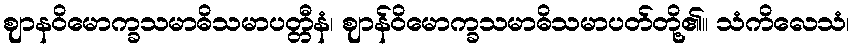
ဈာနဝိမောက္ခသမာဓိသမာပတ္တီနံ၊ ဈာန်ဝိမောက္ခသမာဓိသမာပတ်တို့၏။ သံကိလေသံ၊